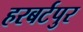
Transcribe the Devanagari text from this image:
हरबर्टपुर